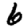
Digit: 6